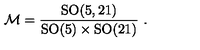
{ \cal M } = \frac { \mathrm { S O } ( 5 , 2 1 ) } { \mathrm { S O } ( 5 ) \times \mathrm { S O } ( 2 1 ) } \ .